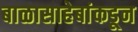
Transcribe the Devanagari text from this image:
बाळासाहेबांकडून